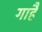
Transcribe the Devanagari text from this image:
गाहैं